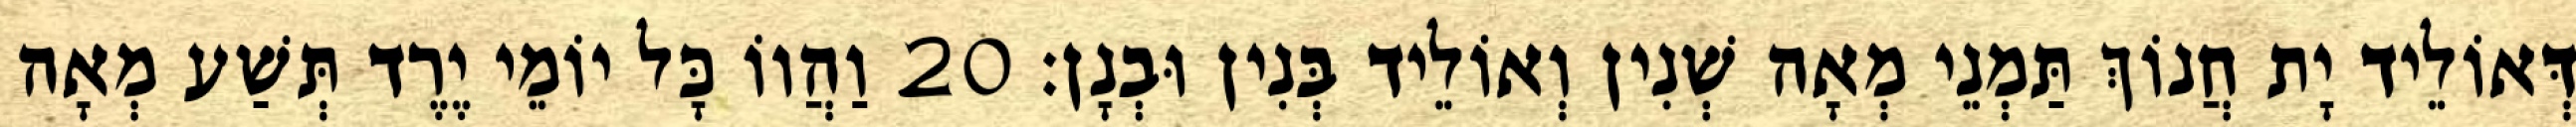
דְּאוֹלֵיד יָת חֲנוֹךְ תַּמְנֵי מְאָה שְׁנִין וְאוֹלֵיד בְּנִין וּבְנָן׃ 20 וַהֲווֹ כָּל יוֹמֵי יֶרֶד תְּשַׁע מְאָה